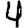
Digit: 4